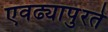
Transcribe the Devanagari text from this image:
एवढ्यापुरते